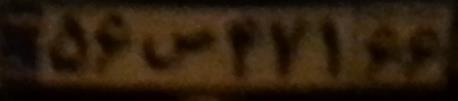
۵۶ص۴۷۱۶۶